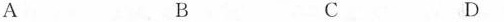
A B C D